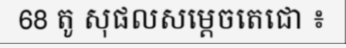
68 តូ សុផលសម្តេចតេជោ ៖